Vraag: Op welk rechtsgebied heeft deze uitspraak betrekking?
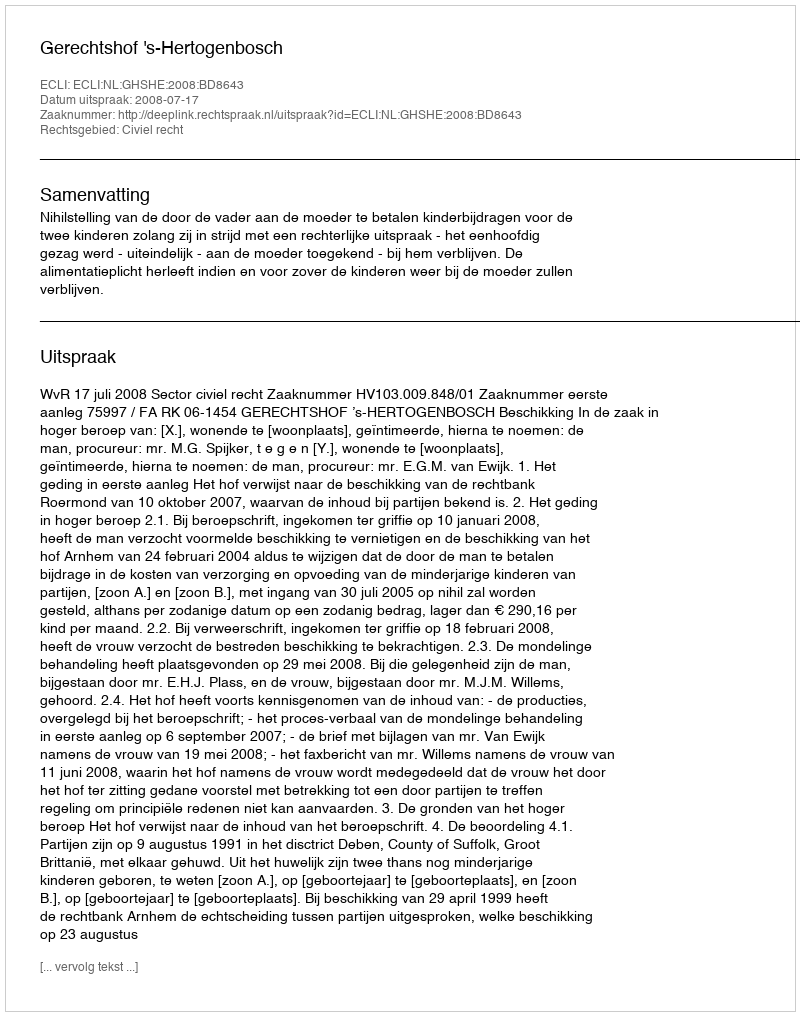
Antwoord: Civiel recht